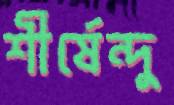
শীর্ষেন্দু